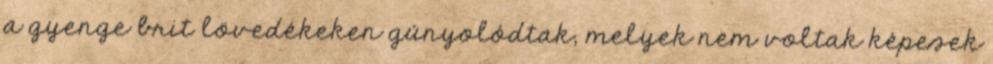
a gyenge brit lövedékeken gúnyolódtak, melyek nem voltak képesek